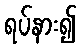
ရပ်နား၍